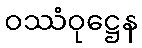
ဝဿံဝုဋ္ဌေန